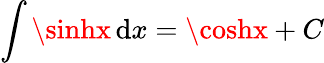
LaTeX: \int\sinhx\, \mathrm{d}x=\coshx+C